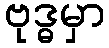
ဗုဒ္ဓမှာ